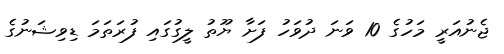
ޖެނުއަރީ މަހުގެ 10 ވަނަ ދުވަހު ފަށާ ޔޫތު ލީގުގައި ފުރަތަމަ ޑިވިޝަނުގެ